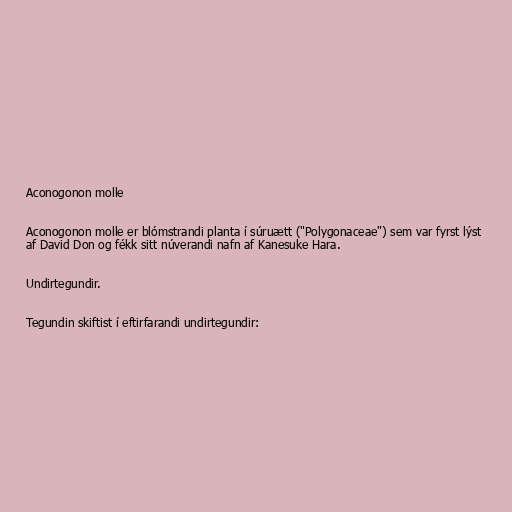
Aconogonon molle

Aconogonon molle er blómstrandi planta í súruætt ("Polygonaceae") sem var fyrst lýst
af David Don og fékk sitt núverandi nafn af Kanesuke Hara.

Undirtegundir.

Tegundin skiftist í eftirfarandi undirtegundir: